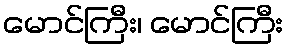
မောင်ကြီး၊ မောင်ကြီး